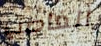
الغاضب